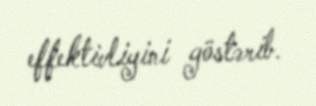
effektivliyini göstərib.